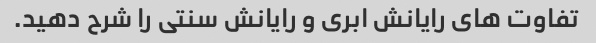
تفاوت های رایانش ابری و رایانش سنتی را شرح دهید.